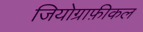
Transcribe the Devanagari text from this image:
जियोग्राफ़ीकल